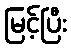
မြင့်ပြီး